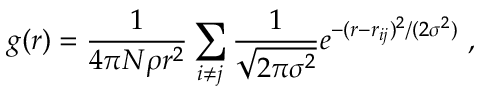
g ( r ) = \frac { 1 } { 4 \pi N \rho r ^ { 2 } } \sum _ { i \neq j } \frac { 1 } { \sqrt { 2 \pi \sigma ^ { 2 } } } e ^ { - ( r - r _ { i j } ) ^ { 2 } / ( 2 \sigma ^ { 2 } ) } ~ ,